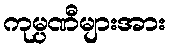
ကုမ္ပဏီများအား